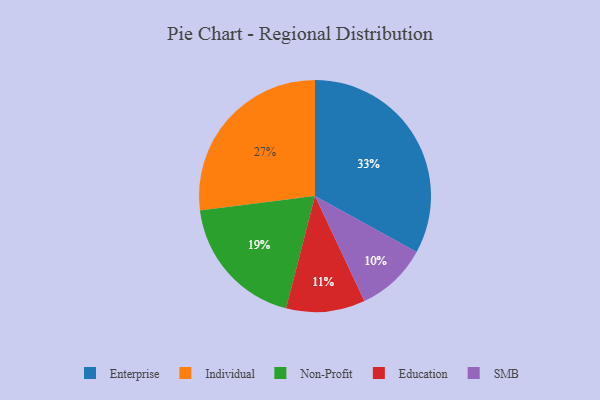
{"axis": {"x": "Category", "y": "Percentage"}, "legend": ["Education", "Enterprise", "Individual", "Non-Profit", "SMB"], "data": [{"x": "SMB", "y": 10, "type": "SMB"}, {"x": "Non-Profit", "y": 19, "type": "Non-Profit"}, {"x": "Individual", "y": 27, "type": "Individual"}, {"x": "Education", "y": 11, "type": "Education"}, {"x": "Enterprise", "y": 33, "type": "Enterprise"}]}